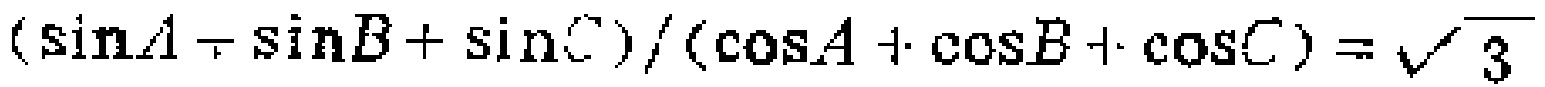
$(\sin A + \sin B + \sin C)/(\cos A + \cos B + \cos C)=\sqrt{3}$